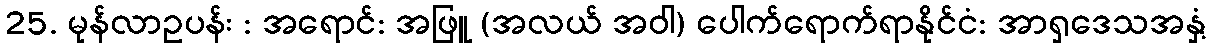
25. မုန်လာဥပန်း : အရောင်: အဖြူ (အလယ် အဝါ) ပေါက်ရောက်ရာနိုင်ငံ: အာရှဒေသအနှံ့